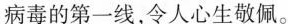
病毒的第一线，令人心生敬佩。